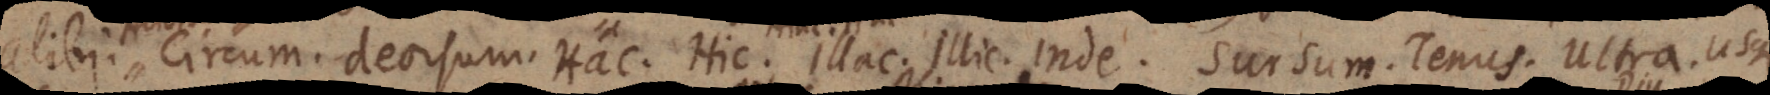
libi. Circum. Deorsum. Hac. Hic. Illac. Illic. Inde. Sursum. Tenus. Ultra. Usque